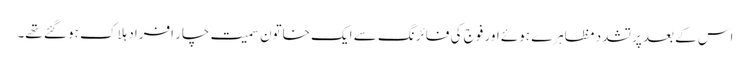
اس کے بعد پرتشدد مظاہرے ہوئے اور فوج کی فائرنگ سے ایک خاتون سمیت چار افراد ہلاک ہو گئے تھے۔